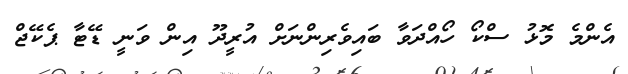
އެންމެ މޮޅު ސްކޯ ހޯއްދަވާ ބައިވެރިންނަށް އުރީދޫ އިން ވަނީ ޑޭޓާ ޕެކޭޖް